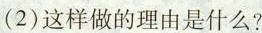
13.中午，小云的同班同学小兰来了，她告诉小云她准备辍学到南方打工，并邀请小云同去。